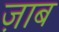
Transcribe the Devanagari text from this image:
ज़ाब